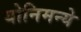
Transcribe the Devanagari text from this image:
योनिमन्ये